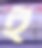
ই